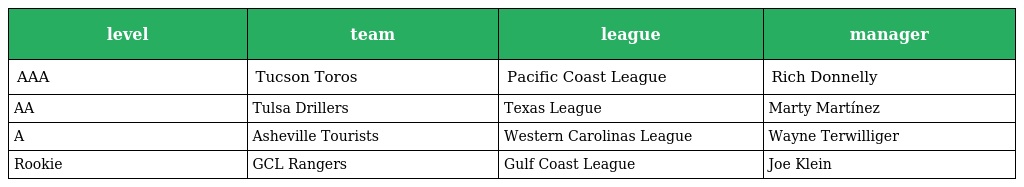
| level | team | league | manager |
 | --- | --- | --- | --- |
 | AAA | Tucson Toros | Pacific Coast League | Rich Donnelly |
 | AA | Tulsa Drillers | Texas League | Marty Martínez |
 | A | Asheville Tourists | Western Carolinas League | Wayne Terwilliger |
 | Rookie | GCL Rangers | Gulf Coast League | Joe Klein |